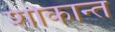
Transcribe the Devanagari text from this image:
शोकान्‍त